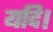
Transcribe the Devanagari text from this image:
यदि।